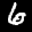
Label: 6